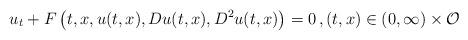
LaTeX: \begin{align*}u_t + F\left(t,x,u(t,x),Du(t,x),D^2 u(t,x)\right) = 0\,,(t,x)\in (0,\infty)\times \mathcal{O}\end{align*}